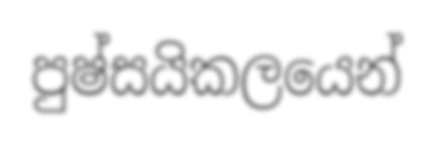
පුෂ්සයිකලයෙන්